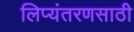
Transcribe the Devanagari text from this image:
लिप्यंतरणसाठी